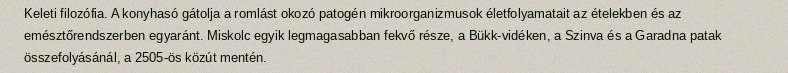
Keleti filozófia. A konyhasó gátolja a romlást okozó patogén mikroorganizmusok életfolyamatait az ételekben és az emésztőrendszerben egyaránt. Miskolc egyik legmagasabban fekvő része, a Bükk-vidéken, a Szinva és a Garadna patak összefolyásánál, a 2505-ös közút mentén.